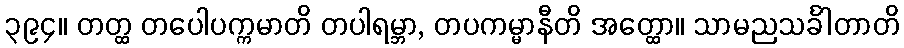
၃၉၄။ တတ္ထ တပေါပက္ကမာတိ တပါရမ္ဘာ, တပကမ္မာနီတိ အတ္ထော။ သာမညသင်္ခါတာတိ